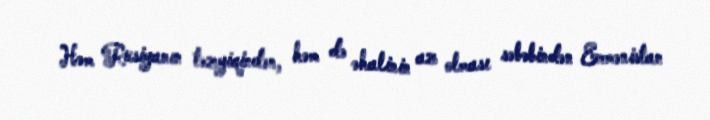
Həm Rusiyanın təzyiqindən, həm də əhalinin az olması səbəbindən Ermənistan